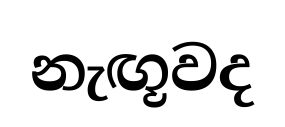
නැඟූවද